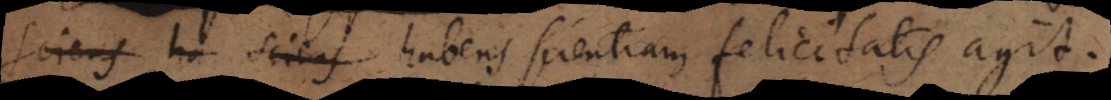
sciens ha sciens habens scientiam felicitatis agit.